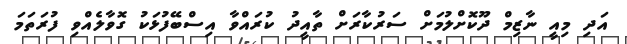
އަދި މިއީ ނާޒިމް ދޫކޮށްލުމަށް ސަރުކާރަށް ތާއީދު ކުރައްވާ އިސްބޭފުޅަކު ގޮވާލެއްވި ފުރަތަމަ